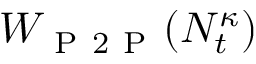
W _ { \mathrm { ~ P ~ 2 ~ P ~ } } ( N _ { t } ^ { \kappa } )